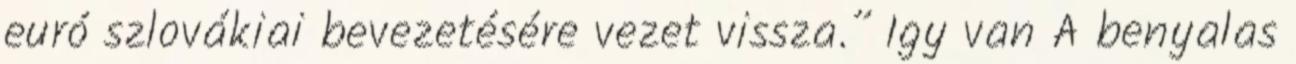
euró szlovákiai bevezetésére vezet vissza.” Igy van A benyalas